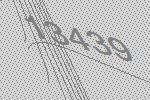
13439